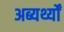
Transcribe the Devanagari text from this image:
अब्यर्थ्यों